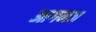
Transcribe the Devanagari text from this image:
आगमज